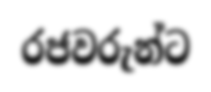
රජවරුන්ට